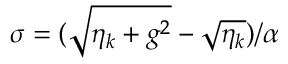
\sigma = ( \sqrt { \eta _ { k } + g ^ { 2 } } - \sqrt { \eta _ { k } } ) / \alpha